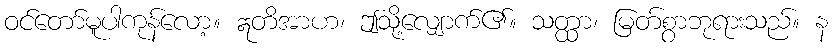
ဝင်တော်မူပါကုန်လော့။ ဣတိအာဟ၊ ဤသို့လျှောက်၏။ သတ္ထာ၊ မြတ်စွာဘုရားသည်။ န